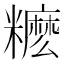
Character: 𥽓